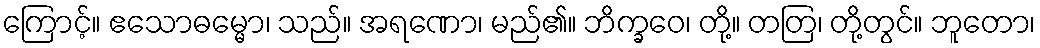
ကြောင့်။ ဧသောဓမ္မော၊ သည်။ အရဏော၊ မည်၏။ ဘိက္ခဝေ၊ တို့။ တတြ၊ တို့တွင်။ ဘူတော၊